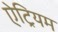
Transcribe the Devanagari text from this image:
ऐट्रियम